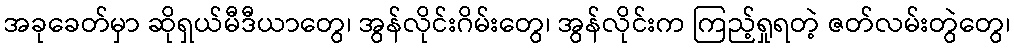
အခုခေတ်မှာ ဆိုရှယ်မီဒီယာတွေ၊ အွန်လိုင်းဂိမ်းတွေ၊ အွန်လိုင်းက ကြည့်ရှုရတဲ့ ဇတ်လမ်းတွဲတွေ၊